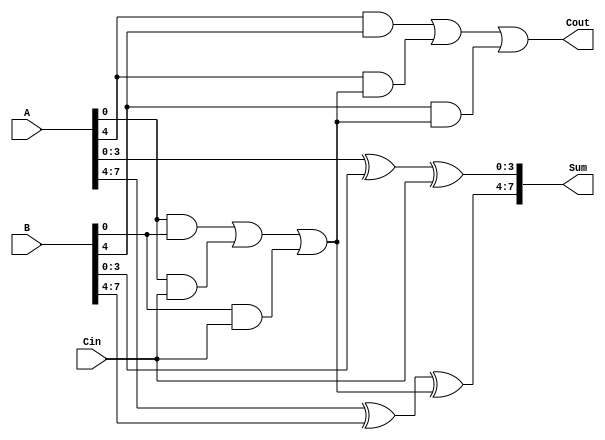
module PrecomputationCarryAdder #(parameter N = 8, // Total number of bits
                                  parameter G = 4) // Group size
(
    input  [N-1:0] A, // First operand
    input  [N-1:0] B, // Second operand
    input          Cin, // Carry-in
    output [N-1:0] Sum, // Sum output
    output         Cout // Carry-out
);

    // Number of groups
    localparam NUM_GROUPS = N / G;

    // Carry generation for each group
    wire [NUM_GROUPS-1:0] carry_out;
    wire [NUM_GROUPS-1:0] carry_in;

    // Generate carry for each group
    genvar i;
    generate
        for (i = 0; i < NUM_GROUPS; i = i + 1) begin : carry_gen
            wire [G-1:0] A_group = A[i*G +: G];
            wire [G-1:0] B_group = B[i*G +: G];

            // Carry generation logic
            if (i == 0) begin
                // First group: Use Cin
                assign carry_out[i] = (A_group & B_group) | (A_group & {G{Cin}}) | (B_group & {G{Cin}});
            end else begin
                // Subsequent groups: Use previous carry_out
                assign carry_in[i] = carry_out[i-1];
                assign carry_out[i] = (A_group & B_group) | (A_group & carry_in[i]) | (B_group & carry_in[i]);
            end
        end
    endgenerate

    // Sum calculation
    wire [N-1:0] C; // Carry array for sum calculation
    assign C[0] = Cin;

    generate
        for (i = 0; i < NUM_GROUPS; i = i + 1) begin : sum_calc
            wire [G-1:0] A_group = A[i*G +: G];
            wire [G-1:0] B_group = B[i*G +: G];
            wire group_cin = (i == 0) ? Cin : carry_out[i-1];

            // Compute sum for each group
            assign Sum[i*G +: G] = A_group ^ B_group ^ group_cin;
            assign C[i*G + G - 1] = carry_out[i]; // Last carry of the group
        end
    endgenerate

    // Final carry-out
    assign Cout = carry_out[NUM_GROUPS-1];

endmodule